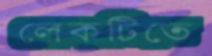
লেকটিতে